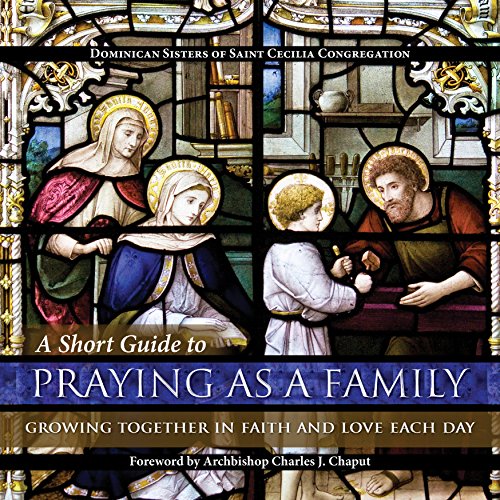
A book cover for A Short Guide to Praying as a Family: Growing Together in Faith and Love Each Day; Dominican Sisters of Saint Cecilia Congregation; Christian Books & Bibles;